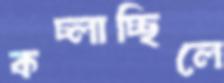
কচ্‌লাচ্ছিলে